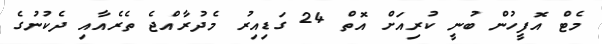
މެޓް އޮފީހުން ބުނީ ކުރިއަށް އޮތް 24 ގަޑިއިރުު މެދުރާއްޖެ ތެރެއާއި ދެކުނުގެ